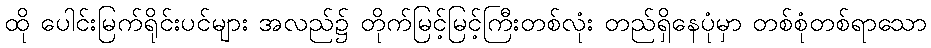
ထို ပေါင်းမြက်ရိုင်းပင်များ အလည်၌ တိုက်မြင့်မြင့်ကြီးတစ်လုံး တည်ရှိနေပုံမှာ တစ်စုံတစ်ရာသော